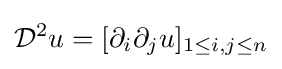
{\cal {D}}^{2}u=[\partial _{i}\partial _{j}u]_{1\leq i,j\leq n}